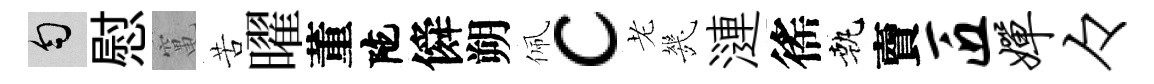
匀慰𥧄苦曜董陀僢朔佩c老㡬漣徭執𧶠匠婵々